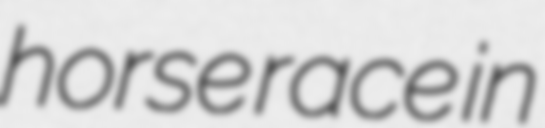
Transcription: horse race in